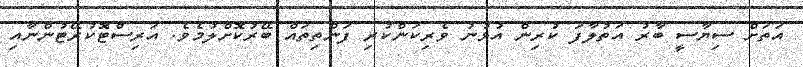
އަތަށް ސިޔާސީ ބާރު އަތުލާފަ ކުރިން އުޅުނު ވެރިކަންކުރި ފަންތިތައް ބޭރުކޮށްލުމެވެ. އަރިސްޓޮކުރޭޓުންނާއި